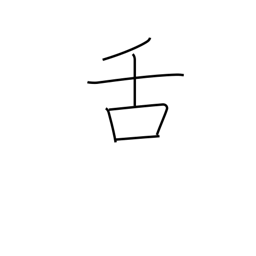
Meaning: tongue